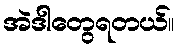
အဲဒါတွေရတယ်။